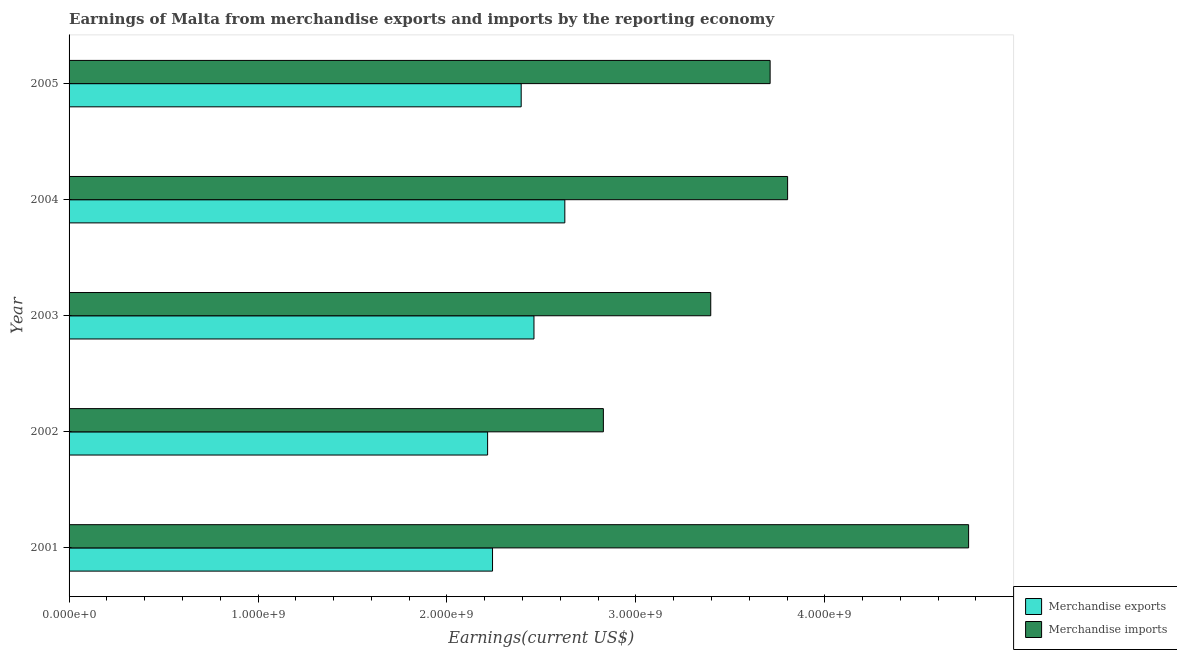
| Year | Merchandise exports | Merchandise imports |
 | --- | --- | --- |
 | 2001 | 2.24e+09 | 4.76e+09 |
 | 2002 | 2.22e+09 | 2.83e+09 |
 | 2003 | 2.46e+09 | 3.4e+09 |
 | 2004 | 2.62e+09 | 3.8e+09 |
 | 2005 | 2.39e+09 | 3.71e+09 |